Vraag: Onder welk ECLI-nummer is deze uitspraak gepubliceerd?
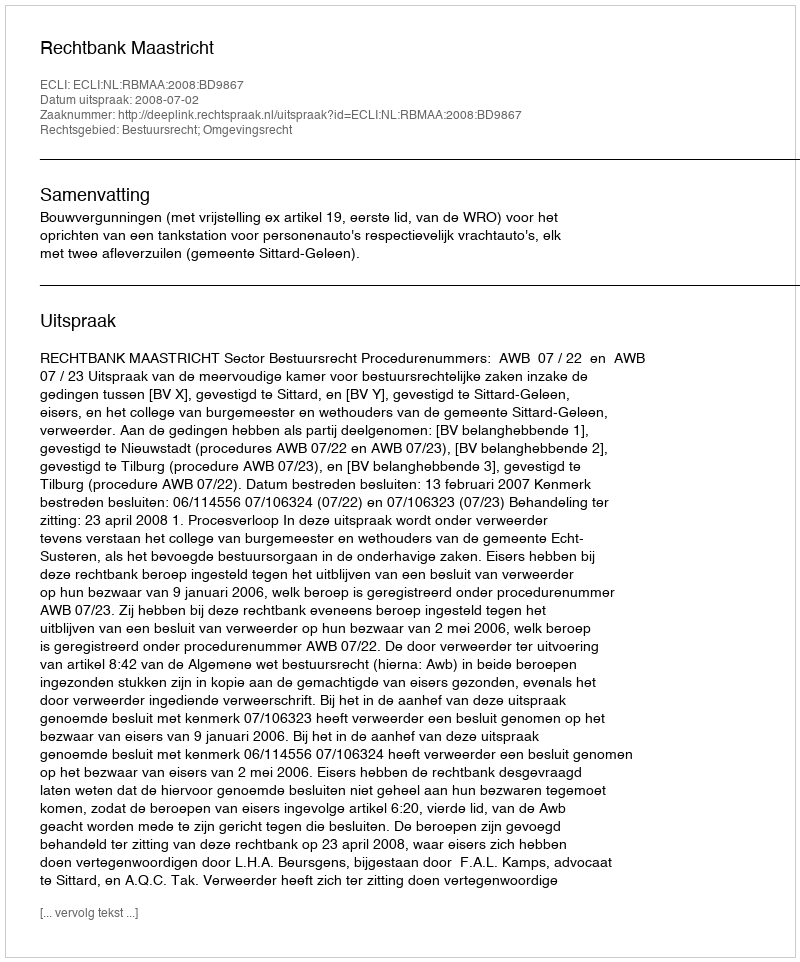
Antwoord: ECLI:NL:RBMAA:2008:BD9867